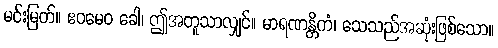
မင်းမြတ်။ ဧဝမေဝ ခေါ၊ ဤအတူသာလျှင်။ မာရဏန္တိကံ၊ သေသည်အဆုံးဖြစ်သော။